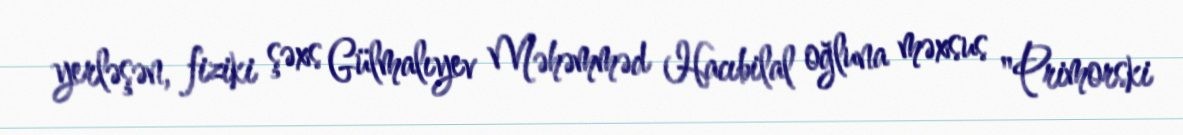
yerləşən, fiziki şəxs Gülmalıyev Məhəmməd Hacıbilal oğluna məxsus "Primorski